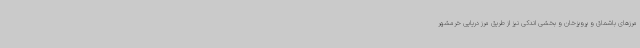
مرزهای باشماق و پرویزخان و بخشی اندکی نیز از طریق مرز دریایی خرمشهر